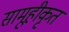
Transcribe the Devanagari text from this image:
सामूहीकृत